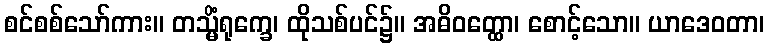
စင်စစ်သော်ကား။ တသ္မိံရုက္ခေ၊ ထိုသစ်ပင်၌။ အဓိဝတ္ထော၊ စောင့်သော။ ယာဒေဝတာ၊